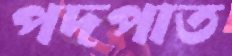
পদপাত